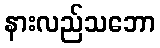
နားလည်သဘော